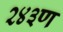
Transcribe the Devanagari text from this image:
२४३ण